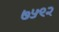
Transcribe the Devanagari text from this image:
७५९२